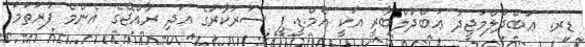
ޑރ. ޢަބްދުލްމަޖީދު ޢަބްދުލްބާރީ އަކީ އެމް.ޑީ.ޕީ ސަރުކާރުގެ އަދި ރާއްޖޭގެ އެންމެ ފުރަތަމަ